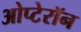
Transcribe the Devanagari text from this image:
ओप्टेरॉन